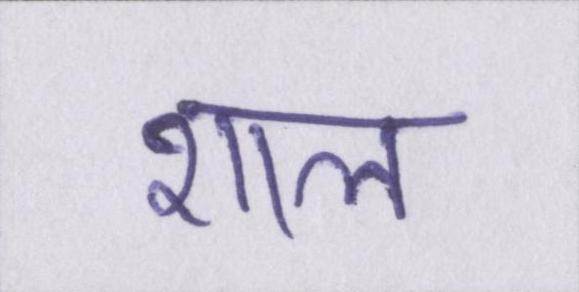
शाल